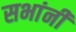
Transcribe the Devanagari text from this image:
सभांनी